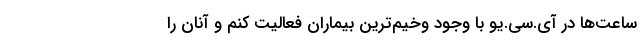
ساعت‌ها در آی.سی.یو با وجود وخیم‌ترین بیماران فعالیت کنم و آنان را